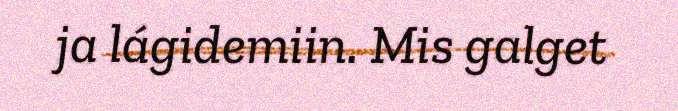
ja lágidemiin. Mis galget